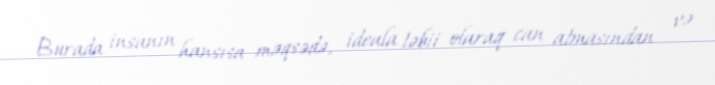
Burada insanın hansısa məqsədə, ideala təbii olaraq can atmasından və